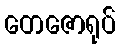
တေဇောရုပ်